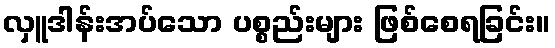
လှူဒါန်းအပ်သော ပစ္စည်းများ ဖြစ်စေရခြင်း။